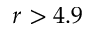
r > 4 . 9